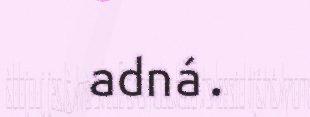
adná.